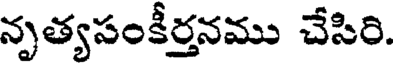
నృత్యపంకీర్తనము చేసిరి.